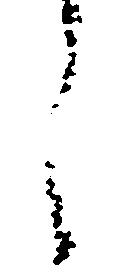
し